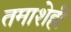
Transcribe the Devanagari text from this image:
तमाशेही